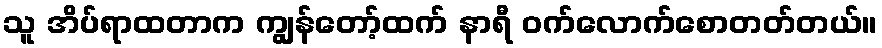
သူ အိပ်ရာထတာက ကျွန်တော့်ထက် နာရီ ဝက်လောက်စောတတ်တယ်။